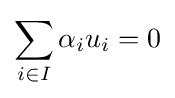
\sum _{i\in I}\alpha _{i}u_{i}=0